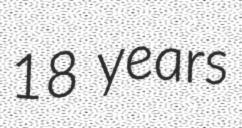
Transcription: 18 years